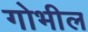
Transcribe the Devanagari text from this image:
गोभील